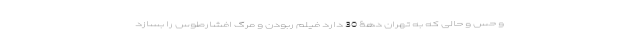
و حس و حالی که به تهران دهۀ 30 دارد فیلم ربودن و مرگ افشارطوس را بسازد